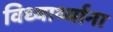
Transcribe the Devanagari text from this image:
विध्यार्थ्याना